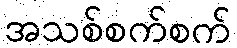
အသစ်စက်စက်